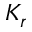
K _ { r }